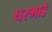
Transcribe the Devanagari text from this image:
घरभाडे